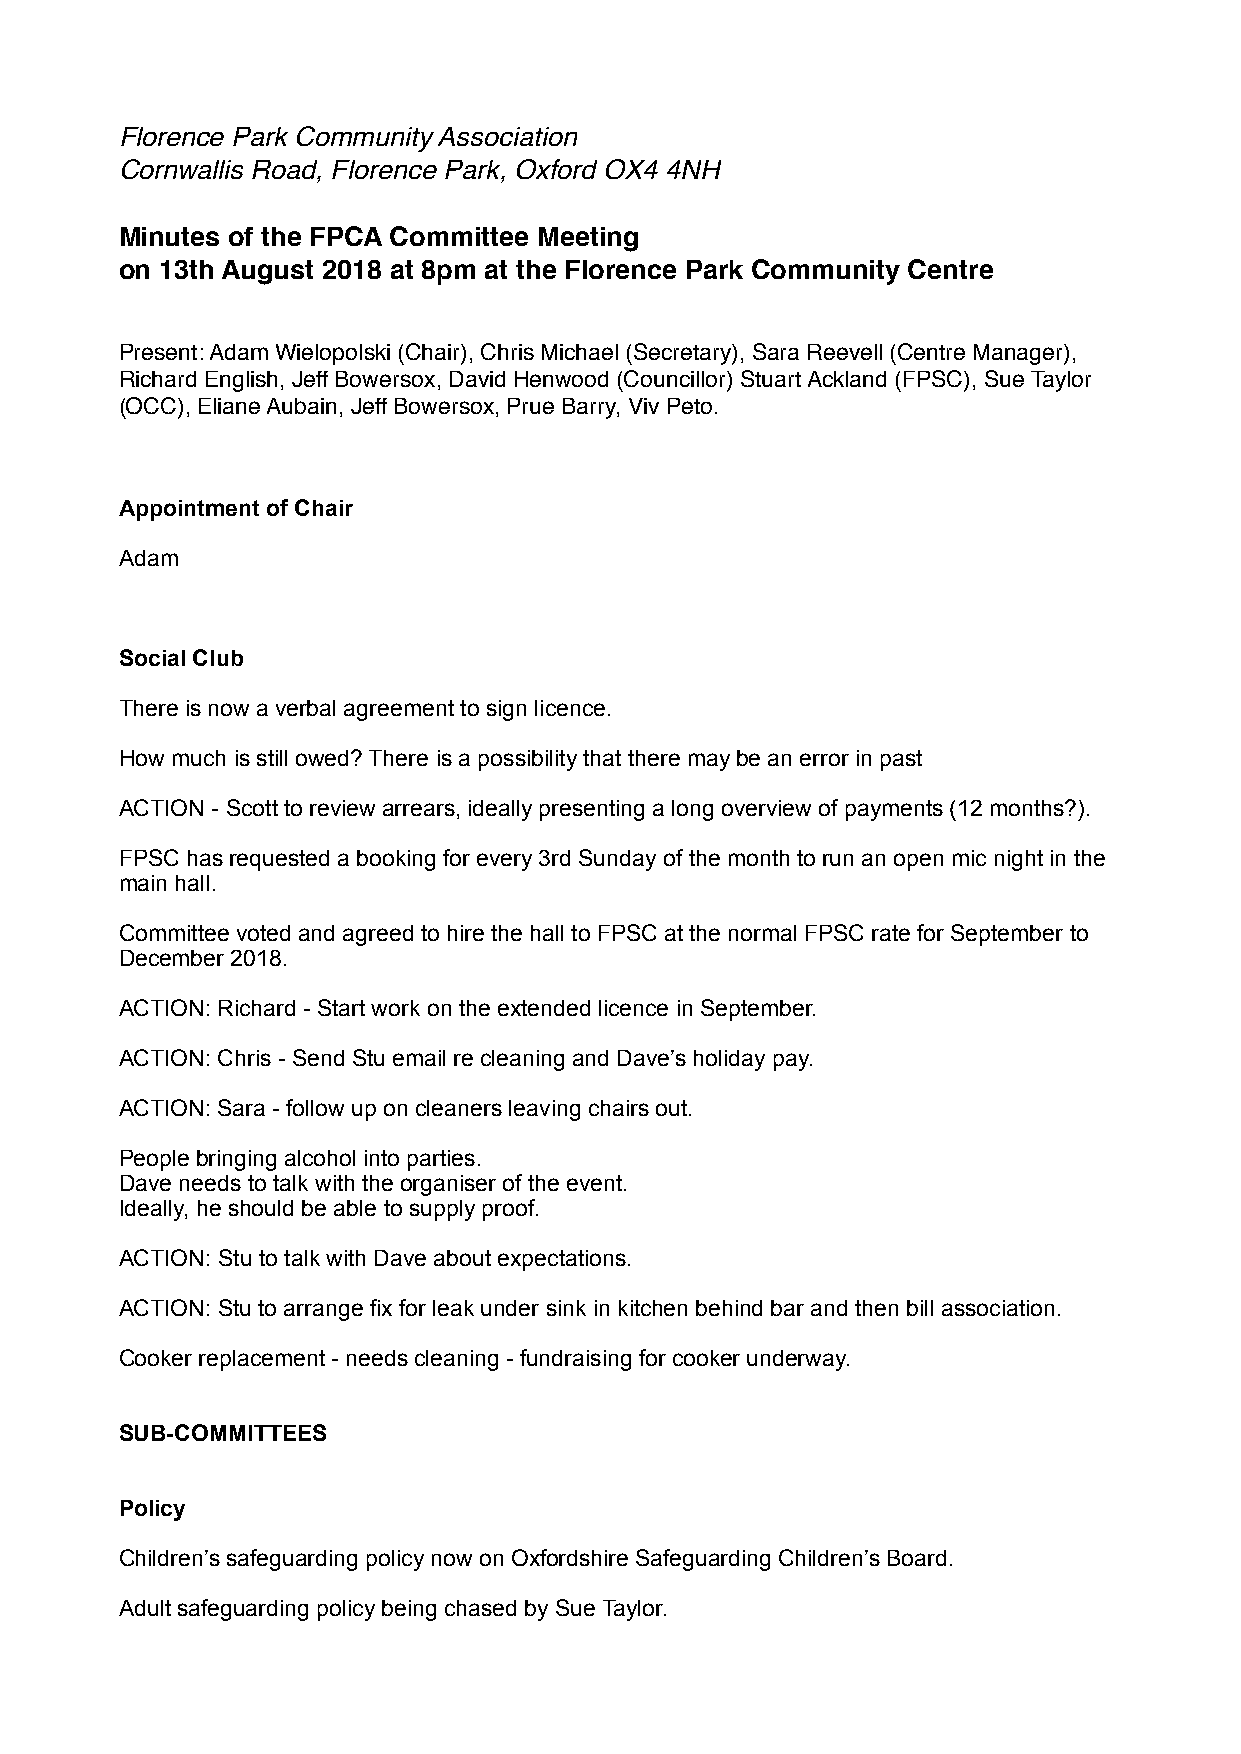
Florence Park Community Association
 Cornwallis Road, Florence Park, Oxford OX4 4NH
 Minutes of the FPCA Committee Meeting
 on 13th August 2018 at 8pm at the Florence Park Community Centre
 Present: Adam Wielopolski (Chair), Chris Michael (Secretary), Sara Reevell (Centre Manager),
 Richard English, Jeff Bowersox, David Henwood (Councillor) Stuart Ackland (FPSC), Sue Taylor
 (OCC), Eliane Aubain, Jeff Bowersox, Prue Barry, Viv Peto.
 Appointment of Chair
 Adam
 Social Club
 There is now a verbal agreement to sign licence.
 How much is still owed? There is a possibility that there may be an error in past
 ACTION - Scott to review arrears, ideally presenting a long overview of payments (12 months?).
 FPSC has requested a booking for every 3rd Sunday of the month to run an open mic night in the
 main hall.
 Committee voted and agreed to hire the hall to FPSC at the normal FPSC rate for September to
 December 2018.
 ACTION: Richard - Start work on the extended licence in September.
 ACTION: Chris - Send Stu email re cleaning and Dave’s holiday pay.
 ACTION: Sara - follow up on cleaners leaving chairs out.
 People bringing alcohol into parties.
 Dave needs to talk with the organiser of the event.
 Ideally, he should be able to supply proof.
 ACTION: Stu to talk with Dave about expectations.
 ACTION: Stu to arrange fix for leak under sink in kitchen behind bar and then bill association.
 Cooker replacement - needs cleaning - fundraising for cooker underway.
 SUB-COMMITTEES
 Policy
 Children’s safeguarding policy now on Oxfordshire Safeguarding Children’s Board.
 Adult safeguarding policy being chased by Sue Taylor.